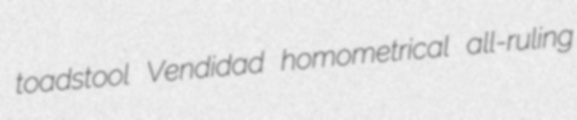
toadstool Vendidad homometrical all-ruling